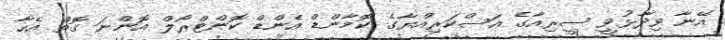
އޭނާ ވިދާޅުވީ ސީރިއާގެ އަސްކަރިއްޔާގެ ކޮމާންޑް އެންޑް ކޮންޓްރޯލް އޮޮންނަ ގޮތް އެހާ